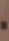
.